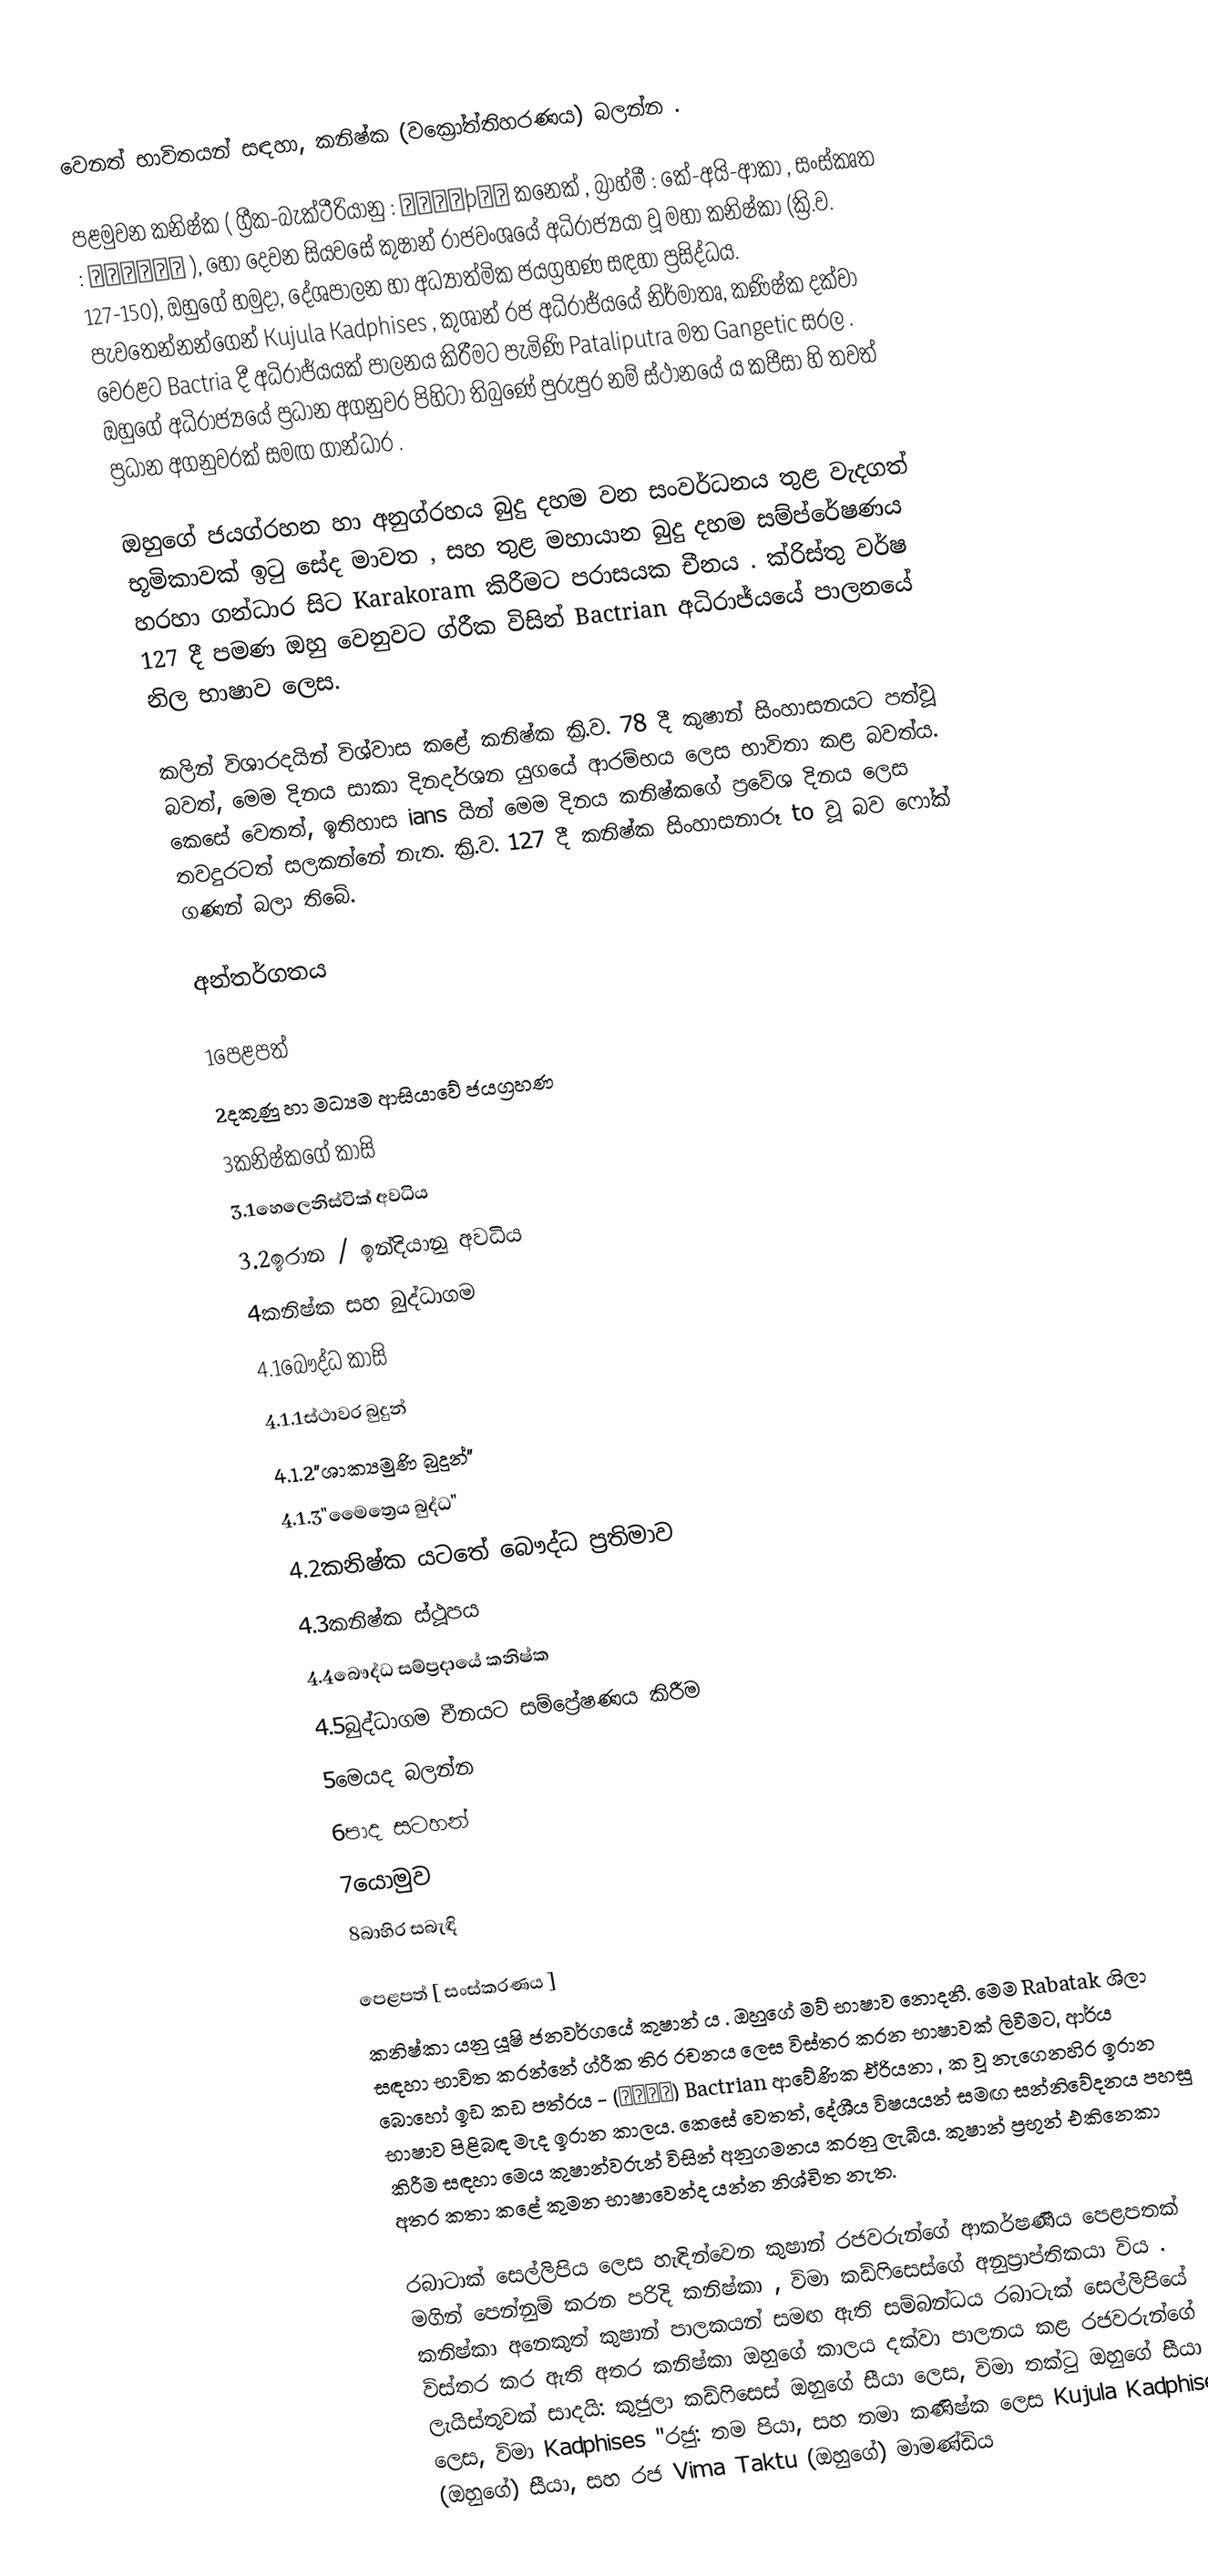
වෙනත් භාවිතයන් සඳහා, කනිෂ්ක (වක්‍රෝත්තිහරණය) බලන්න .

පළමුවන කනිෂ්ක ( ග්‍රීක-බැක්ටීරියානු : κανηþκε කනෙක් , බ්‍රාහ්මී : කේ-අයි-ආකා ,  සංස්කෘත : कनिष्क ), හෝ දෙවන සියවසේ කුෂාන් රාජවංශයේ අධිරාජ්‍යයා වූ මහා කනිෂ්කා (ක්‍රි.ව. 127-150),  ඔහුගේ හමුදා, දේශපාලන හා අධ්‍යාත්මික ජයග්‍රහණ සඳහා ප්‍රසිද්ධය. පැවතෙන්නන්ගෙන් Kujula Kadphises , කුශාන් රජ අධිරාජ්යයේ නිර්මාතෘ, කණිෂ්ක දක්වා වෙරළට Bactria දී අධිරාජ්යයක් පාලනය කිරීමට පැමිණි Pataliputra මත Gangetic සරල . ඔහුගේ අධිරාජ්‍යයේ ප්‍රධාන අගනුවර පිහිටා තිබුණේ පුරුපුර නම් ස්ථානයේ ය කපීසා හි තවත් ප්‍රධාන අගනුවරක් සමඟ ගාන්ධාර .

ඔහුගේ ජයග්රහන හා අනුග්රහය බුදු දහම වන සංවර්ධනය තුළ වැදගත් භූමිකාවක් ඉටු සේද මාවත , සහ තුළ මහායාන බුදු දහම සම්ප්රේෂණය හරහා ගන්ධාර සිට Karakoram කිරීමට පරාසයක චීනය . ක්රිස්තු වර්ෂ 127 දී පමණ ඔහු වෙනුවට ග්රීක විසින් Bactrian අධිරාජ්යයේ පාලනයේ නිල භාෂාව ලෙස.

කලින් විශාරදයින් විශ්වාස කළේ කනිෂ්ක ක්‍රි.ව. 78 දී කුෂාන් සිංහාසනයට පත්වූ බවත්, මෙම දිනය සාකා දිනදර්ශන යුගයේ ආරම්භය ලෙස භාවිතා කළ බවත්ය. කෙසේ වෙතත්, ඉතිහාස ians යින් මෙම දිනය කනිෂ්කගේ ප්‍රවේශ දිනය ලෙස තවදුරටත් සලකන්නේ නැත. ක්‍රි.ව. 127 දී කනිෂ්ක සිංහාසනාරූ to වූ බව ෆෝක් ගණන් බලා තිබේ.

අන්තර්ගතය

 1පෙළපත්
 2දකුණු හා මධ්‍යම ආසියාවේ ජයග්‍රහණ
 3කනිෂ්කගේ කාසි
 3.1හෙලෙනිස්ටික් අවධිය
 3.2ඉරාන / ඉන්දියානු අවධිය
 4කනිෂ්ක සහ බුද්ධාගම
 4.1බෞද්ධ කාසි
 4.1.1ස්ථාවර බුදුන්
 4.1.2"ශාක්‍යමුණි බුදුන්"
 4.1.3"මෛත්‍රෙය බුද්ධ"
 4.2කනිෂ්ක යටතේ බෞද්ධ ප්‍රතිමාව
 4.3කනිෂ්ක ස්ථූපය
 4.4බෞද්ධ සම්ප්‍රදායේ කනිෂ්ක
 4.5බුද්ධාගම චීනයට සම්ප්‍රේෂණය කිරීම
 5මෙයද බලන්න
 6පාද සටහන්
 7යොමුව
 8බාහිර සබැඳි

පෙළපත් [ සංස්කරණය ]
කනිෂ්කා යනු යූෂි ජනවර්ගයේ කුෂාන් ය .  ඔහුගේ මව් භාෂාව නොදනී. මෙම Rabatak ශිලා සඳහා භාවිත කරන්නේ ග්රීක තිර රචනය ලෙස විස්තර කරන භාෂාවක් ලිවීමට, ආර්ය බොහෝ ඉඩ කඩ පත්රය - (αρια) Bactrian ආවේණික ඒරියනා , ක වූ නැගෙනහිර ඉරාන භාෂාව පිළිබඳ මැද ඉරාන කාලය.  කෙසේ වෙතත්, දේශීය විෂයයන් සමඟ සන්නිවේදනය පහසු කිරීම සඳහා මෙය කුෂාන්වරුන් විසින් අනුගමනය කරනු ලැබීය. කුෂාන් ප්‍රභූන් එකිනෙකා අතර කතා කළේ කුමන භාෂාවෙන්ද යන්න නිශ්චිත නැත.

රබාටාක් සෙල්ලිපිය ලෙස හැඳින්වෙන කුෂාන් රජවරුන්ගේ ආකර්ෂණීය පෙළපතක් මගින් පෙන්නුම් කරන පරිදි කනිෂ්කා , විමා කඩ්ෆිසෙස්ගේ අනුප්‍රාප්තිකයා විය .  කනිෂ්කා අනෙකුත් කුෂාන් පාලකයන් සමඟ ඇති සම්බන්ධය රබාටැක් සෙල්ලිපියේ විස්තර කර ඇති අතර කනිෂ්කා ඔහුගේ කාලය දක්වා පාලනය කළ රජවරුන්ගේ ලැයිස්තුවක් සාදයි: කුජුලා කඩ්ෆිසෙස් ඔහුගේ සීයා ලෙස, විමා තක්ටු ඔහුගේ සීයා ලෙස, විමා Kadphises "රජු: තම පියා, සහ තමා කණිෂ්ක ලෙස Kujula Kadphises (ඔහුගේ) සීයා, සහ රජ Vima Taktu (ඔහුගේ) මාමණ්ඩිය